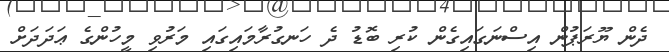
ދެން ޔޫރަޕުން އިސްނަގައިގެން ކުރި ބޮޑު ދެ ހަނގުރާމައިގައި މަރުވި މީހުންގެ ޢަދަދަށް